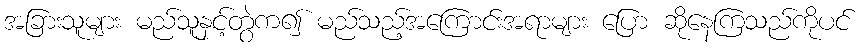
အခြားသူများ မည်သူနှင့်တွဲက၍ မည်သည့်အကြောင်းအရာများ ပြော ဆိုနေကြသည်ကိုပင်